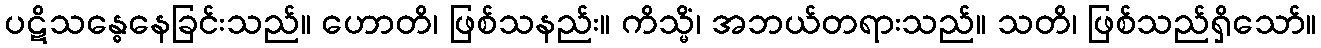
ပဋိသန္ဓေနေခြင်းသည်။ ဟောတိ၊ ဖြစ်သနည်း။ ကိသ္မိံ၊ အဘယ်တရားသည်။ သတိ၊ ဖြစ်သည်ရှိသော်။